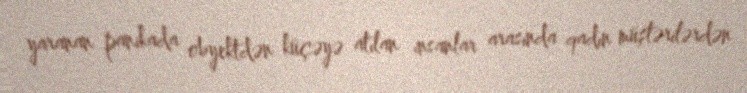
yaranan panikada obyektdən küçəyə atılan insanlar arasında qadın müştərilərdən